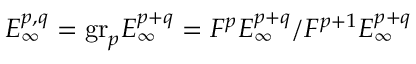
E _ { \infty } ^ { p , q } = { \mathrm { g r } } _ { p } E _ { \infty } ^ { p + q } = F ^ { p } E _ { \infty } ^ { p + q } / F ^ { p + 1 } E _ { \infty } ^ { p + q }